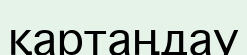
қартаңдау